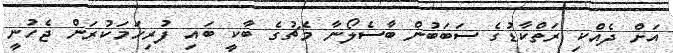
އަށް ދެއްކި ރަތްކާޑުގެ ސަބަބުން ބާސެލޯނާ މެޗުގެ ބާކީ ބައި ފުރިހަމަކުރަން ޖެހުނީ